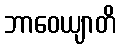
ဘာဝေယျာတိ